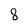
Character: 8